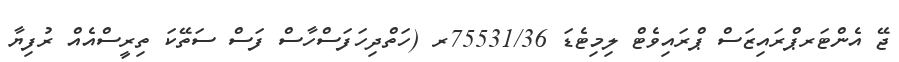
ޖޭ އެންޓަރޕްރައިޒަސް ޕްރައިވެޓް ލިމިޓެޑަ 75531/36ރ (ހަތްދިހަފަސްހާސް ފަސް ސަތޭކަ ތިރީސްއެއް ރުފިޔާ